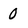
Character: 0